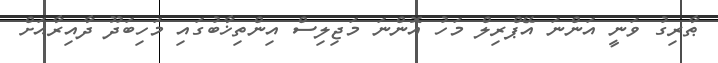
ޠާރިގު ވަނީ އަންނަ އޭޕްރިލް މަހު އޮންނަ މަޖިލިސް އިންތިޚާބުގައި މަހިބަދޫ ދާއިރާއަށް